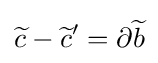
{\widetilde {c}}-{\widetilde {c}}'=\partial {\widetilde {b}}